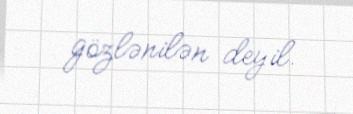
gözlənilən deyil.